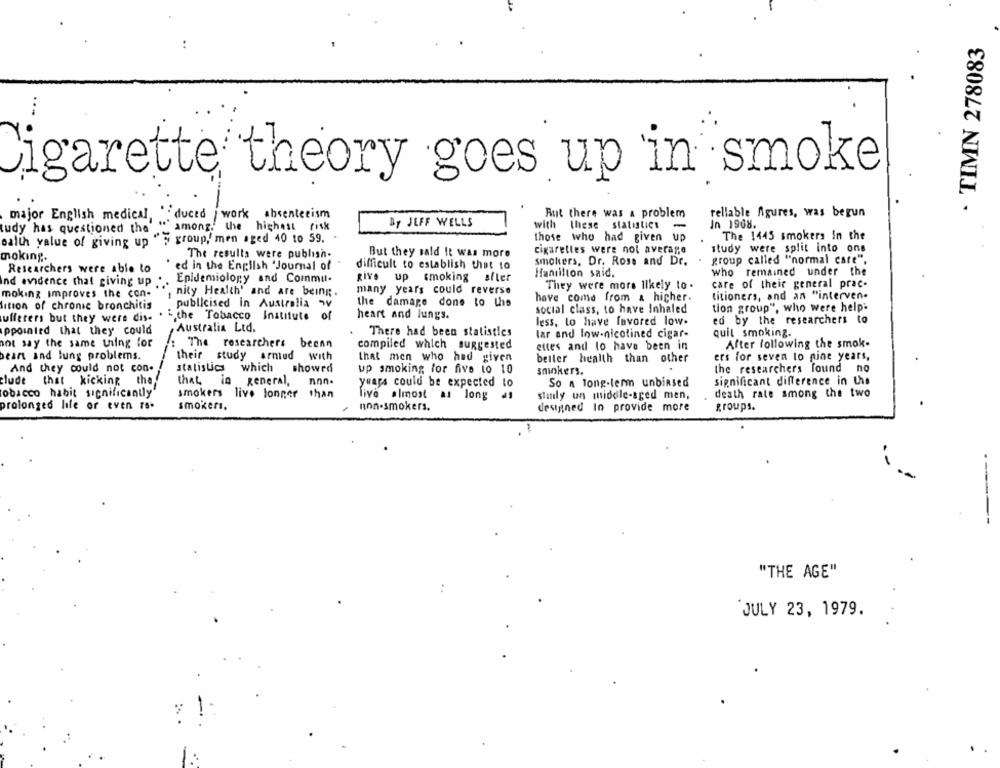
. TIMN 278083
Cigarette theory goes up in smoke
-
major English medical, . duced / work absenteeism
But there was a problem
rellable Algures, was begun
By JEFF WELLS
In 1968.
tudy has questioned the" " among. the highest risk
with
these statistics
"'s group," men aged 40 to 59. .
those who had given up
The 1445 smokers In the
oalth value of giving up
The results were publish-
But they said It was more
cigarettes were not average
study were split into ons
moking.
smokers, Dr. Rose and Dr.
group called "normal care".
Researchers were able to
' ed in the English "Journal of
difficult to establish that to
Hamilton said,
who remained under the
ind evidence that giving up
Epidemiology and Commu-
give up smoking after
care of their general prac-
nity Health' and are being.
many years could reverse
They were more likely to .
moking improves the con-
have come from & hicher.
titioners, and an "interven-
lition of chronic bronchitis
publicised in Australia av
the damage done to the
tion group", who were help'
heart and lungs.
social class, to have Inhaled
uffeters but they were dis- . ",the Tobacco Institute of
less, to have favored low-
ed by the researchers to
appointed that they could
Australia Ltd.
There had been statistics
lar and low-nicotined cigar-
quit smoking.
not say the same thing for
The researchers beenn
compiled which suggested
ettes and lo have been in
After following the smok-
bean and lung problems.
their study armud
with
that men who had given
beller health than other
ers for seven to nine years,
And they could not con.
statistics which showed
up smoking for five to 10
the researchers found no
smokers.
clude that kicking the
that in general,
nnn.
years could be expected to
So a long-term unbiased
significant difference in the
tobacco habit significantly
smokers live longer
shan
five almost as long
standy un middle-aged men,
death rate among the two
prolonged life or even rs-
smokers.
non-smokers.
designed In provide more
groups.
"THE AGE"
JULY 23, 1979.
1: